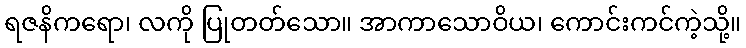
ရဇနိကရော၊ လကို ပြုတတ်သော။ အာကာသောဝိယ၊ ကောင်းကင်ကဲ့သို့။